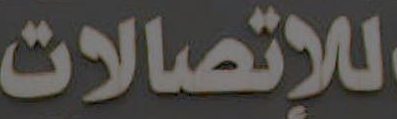
للإتصالات